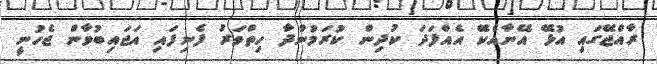
ރާއްޖޭގައި އުޅޭ އޭނާއެކޭ އެއްފަދަ ކުދިން ކުރަމުންދާ ހިތްވަރު ފެނިފައި އަޖައިބުވާން ޖެހުނީ